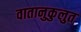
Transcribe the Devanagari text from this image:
वातानुकुलुत